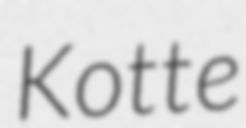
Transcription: Kotte